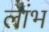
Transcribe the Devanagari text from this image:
लांभ